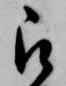
被